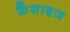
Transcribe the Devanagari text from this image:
फ्रैंशाइज